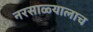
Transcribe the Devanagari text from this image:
नरसाळ्यालाच